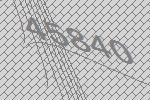
45840